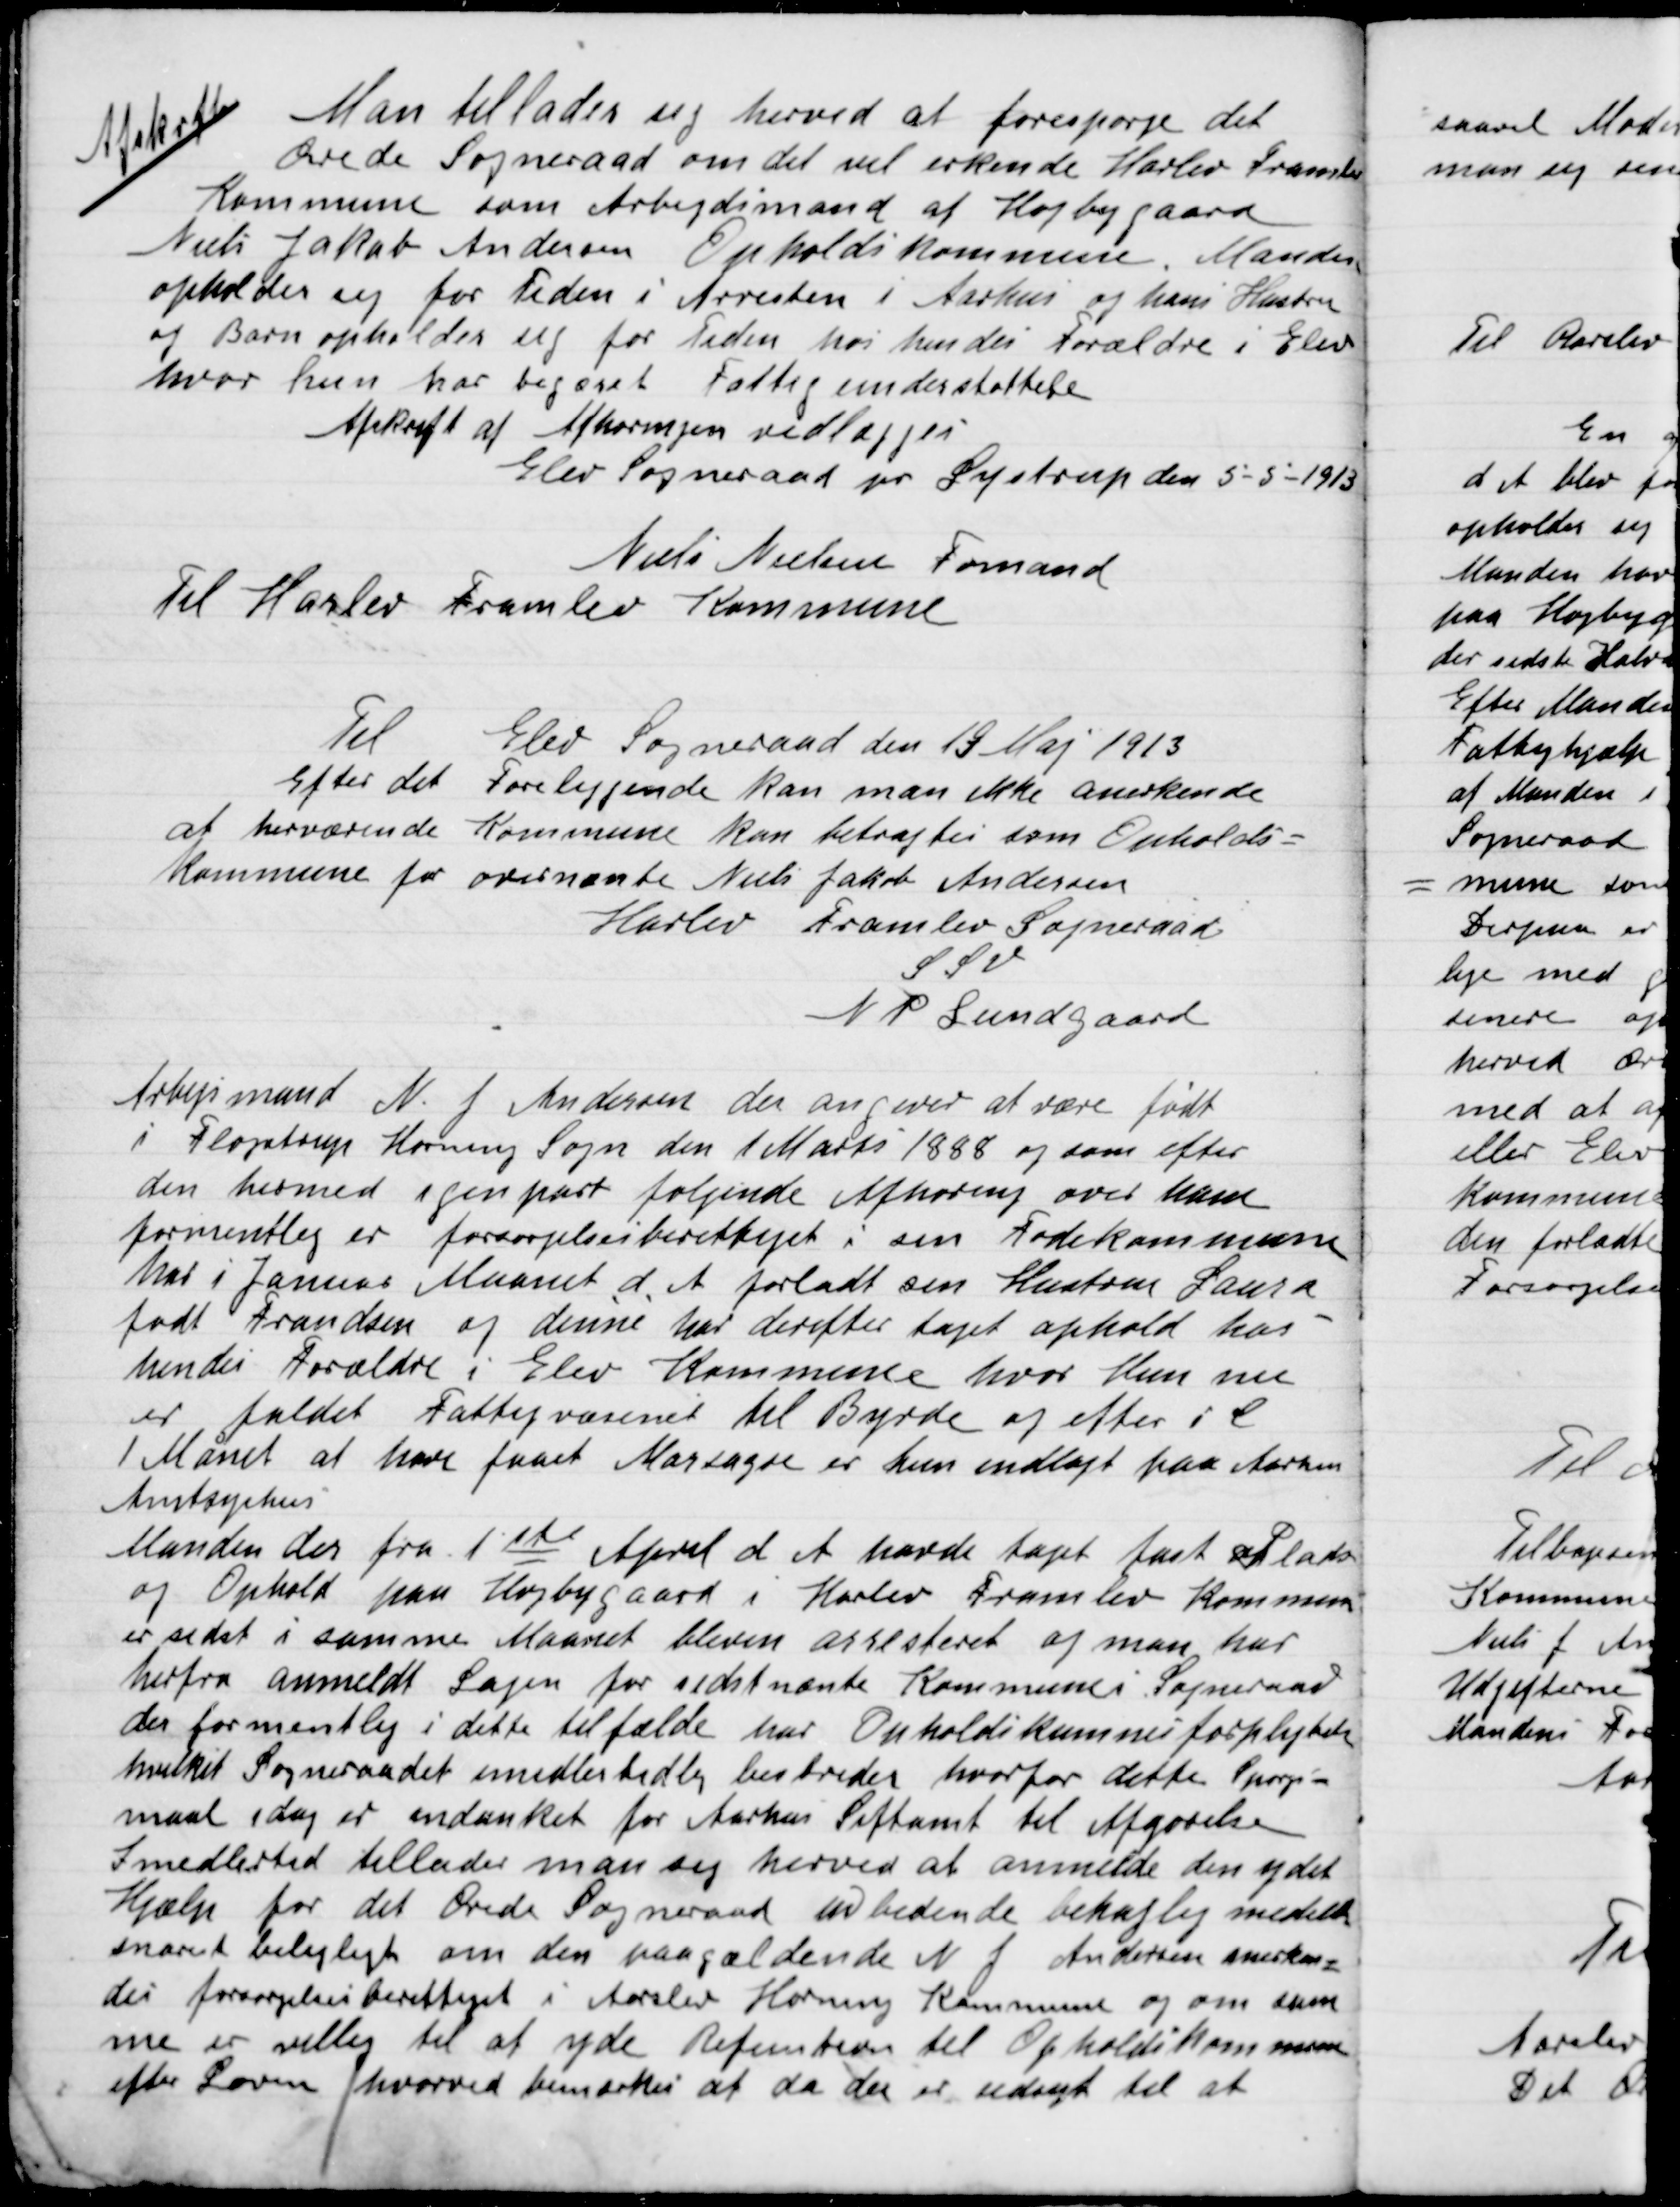
Transskription:
Afskrift
Man tillader sig herved at forespørge det
Ærede Sogneraad om det vil erkende Harlev Framlev
Kommune som Arbejdsmand af Højbygaard
Niels Jakob Andersen Opholdskommune. Manden
opholder sig for Tiden i Arresten i Aarhus og hans Hustru
og Barn opholder sig for tiden hos hendes Forældre i Elev
hvor hun har begæret Fattigunderstøttelse.
Afskrift af Afhøring vedlægges
Elev Sogneraad pr. Lystrup den 5-5-1913
Niels Nielsen Formand
Til Harlev Framlev  Kommune

Til Elev Sogneraad den 19 Maj 1913
Efter det foreliggende kan man ikke anerkende
at herværende Kommune kan betragtes som Opholds-
kommune for oven nævnte Niels Jakob Andersen
Harlev Framlev Sogneraade
P.S.V.
N.P. Lundgaard

Arbejdsmand N. J. Andersen der angiver at være født
I Fløjstrup Hornung Sogn den 1 Marts 1888 og som efter
den hermed igen part følgende Afhøring over ham
formentlig er forsørgelsesberettiget i sin Fødekommune
her i Januar Maaned d. A. forladt sin Hustru Laura
født Frandsen og denne har derefter taget ophold hos
hendes forældre i Elev Kommune hvor Hun nu
er faldet Fattigvæsenet til Byrde og efter i D.
1 Månet at have faaet Marsagde er hun indlagt paa Aarhus
Amtssygehus.
Manden der fra 1ste April d. A. havde taget fast Plads
og Ophold paa Højbygaard i Harlev Framlev Kommune
er sidst i samme Maaned bleven arresteret og man har
herfra anmeldt Sagen for sidst nævnte Kommunes Sogneraad
der formentlig i dette tilfælde har Opholdskommunes forpligtelse
hvilket Sogneraadet midlertidig bestrider hvorfor dette Spørgs-
maal i dag er indanket for Aarhus Stiftsamt til Afgørelse.
Imidlertid tillader man sig herved at anmelde den ydet
Hjælp for det Ærede Sogneraad en bedende behagelig meddele
Snarest belejligt om den paagældende N. j. Andersen smerken-
des forsørgelsesberettiget i Aarslev Hornung Kommune og om sam-
me er villig til at yde Refusion til Opholdskommunen
efter Loven hvorved bemærkes at da der er udsigt til at